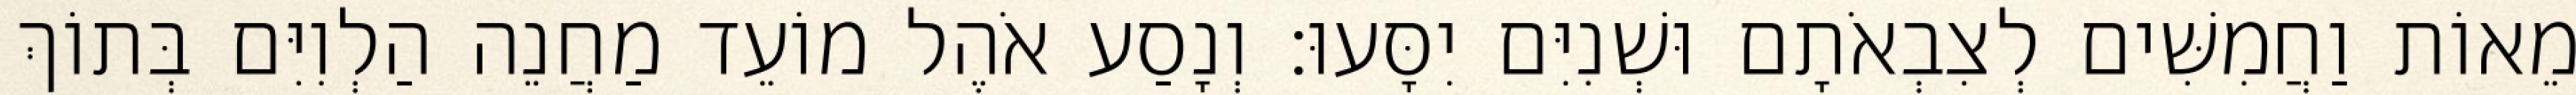
מֵאוֹת וַחֲמִשִּׁים לְצִבְאֹתָם וּשְׁנִיִּם יִסָּעוּ׃ וְנָסַע אֹהֶל מוֹעֵד מַחֲנֵה הַלְוִיִּם בְּתוֹךְ